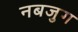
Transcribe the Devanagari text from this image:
नबजुग